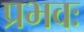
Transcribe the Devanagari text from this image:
प्रभवः